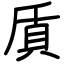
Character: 貭